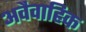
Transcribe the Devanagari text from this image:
अवैवाहिक